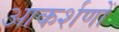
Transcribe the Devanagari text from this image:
आकर्शणों